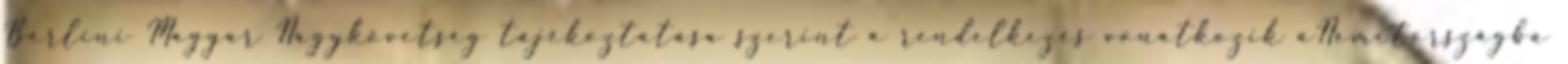
Berlini Magyar Nagykövetség tájékoztatása szerint a rendelkezés vonatkozik aNémetországba